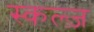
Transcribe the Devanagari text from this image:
स्कल्ज़